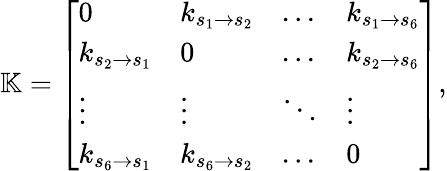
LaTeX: \mathbb{K}=\left[\begin{array}{llll}{0}&{k_{s_{1}\rightarrow s_{2}}}&{...}&{k_{s_{1}\rightarrow s_{6}}}\\ {k_{s_{2}\rightarrow s_{1}}}&{0}&{...}&{k_{s_{2}\rightarrow s_{6}}}\\ {\vdots}&{\vdots}&{\ddots}&{\vdots}\\ {k_{s_{6}\rightarrow s_{1}}}&{k_{s_{6}\rightarrow s_{2}}}&{...}&{0}\end{array}\right],